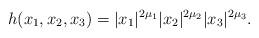
LaTeX: \begin{align*} h(x_1,x_2,x_3)=|x_1|^{2\mu_1}|x_2|^{2\mu_2}|x_3|^{2\mu_3}.\end{align*}